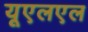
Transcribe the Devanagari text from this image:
यूएलएल